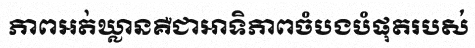
ភាពអត់ឃ្លានគឺជាអាទិភាពចំបងបំផុតរបស់